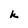
Character: k